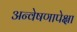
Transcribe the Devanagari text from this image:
अन्वेषणापेक्षा